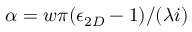
\alpha = w \pi ( \epsilon _ { 2 D } - 1 ) / ( \lambda i )